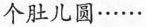
个肚儿圆……